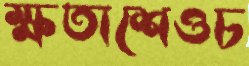
ক্ষতাশেওচ